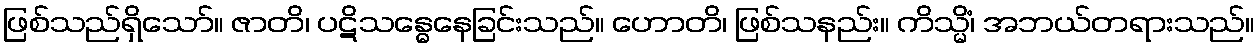
ဖြစ်သည်ရှိသော်။ ဇာတိ၊ ပဋိသန္ဓေနေခြင်းသည်။ ဟောတိ၊ ဖြစ်သနည်း။ ကိသ္မိံ၊ အဘယ်တရားသည်။